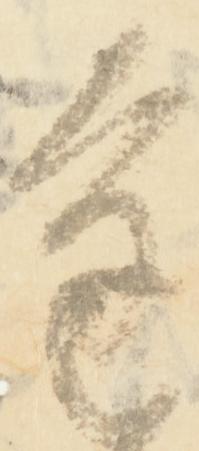
進